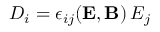
D _ { i } = \epsilon _ { i j } ( { \bf E } , { \bf B } ) \, E _ { j }